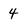
Character: 4